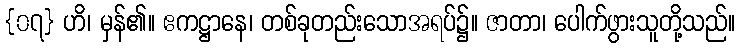
{၀၇} ဟိ၊ မှန်၏။ ဧကဋ္ဌာနေ၊ တစ်ခုတည်းသောအရပ်၌။ ဇာတာ၊ ပေါက်ဖွားသူတို့သည်။